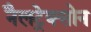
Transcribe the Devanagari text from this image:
नैलट्रेक्सोन